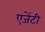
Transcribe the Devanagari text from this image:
एजेंटी